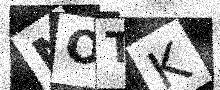
Text: MOTK